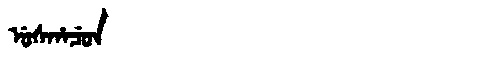
Manchu: ᡠᠰᡥᠠᠴᡠᠨ
Romanization: USHACUN